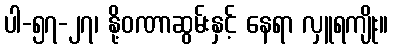
ပါ-၅၇-၂၇၊ နို့ဝဏာဆွမ်းနှင့် နေရာ လှူရကျိုး။